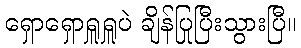
ရှောရှောရှူရှူပဲ ချိန်ပြုပြီးသွားပြီ။